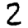
Digit: 2